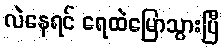
လဲနေရင် ရေထဲမြောသွားပြီ